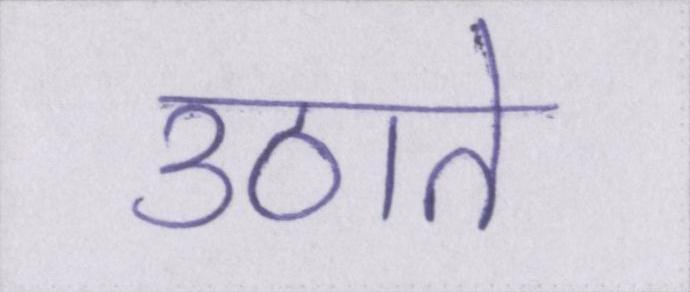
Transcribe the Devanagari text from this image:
उठाते